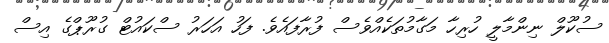
ސުކޫލް ނިންމާލީ ހުރިހާ މަގާމުތަކެއްވެސް ފުރާފައެވެ. ފަހު އަހަރު ސްކައުޓް ގުރޫޕްގެ އިސް